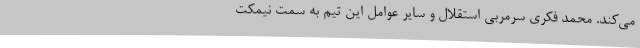
می‌کند. محمد فکری سرمربی استقلال و سایر عوامل این تیم به سمت نیمکت